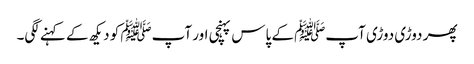
پھر دوڑی دوڑی آپﷺ کے پاس پہنچی اور آپﷺ کو دیکھ کے کہنے لگی۔